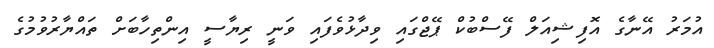
އުމަރު އޭނާގެ އޮފިޝިއަލް ފޭސްބުކް ޕޭޖްގައި ވިދާޅުވެފައި ވަނީ ރިޔާސީ އިންތިހާބަށް ތައްޔާރުވުމުގެ